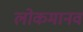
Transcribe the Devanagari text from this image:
लोकमानव